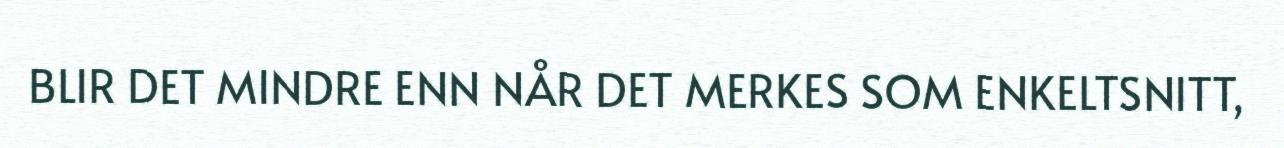
BLIR DET MINDRE ENN NÅR DET MERKES SOM ENKELTSNITT,